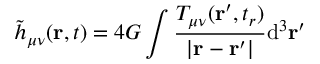
{ \tilde { h } } _ { \mu \nu } ( \mathbf { r } , t ) = 4 G \int { \frac { T _ { \mu \nu } ( \mathbf { r } ^ { \prime } , t _ { r } ) } { | \mathbf { r } - \mathbf { r } ^ { \prime } | } } \mathrm { d } ^ { 3 } \mathbf { r } ^ { \prime }